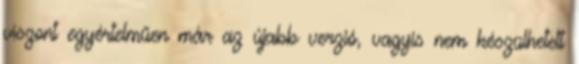
viszont egyértelműen már az újabb verzió, vagyis nem készülhetett